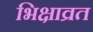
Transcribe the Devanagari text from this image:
भिक्षाव्रत